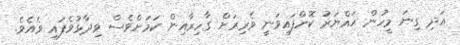
އަދި ގިނަ މީހުން ހައްޔަރު ކޮށްފައިވަނީ ވެރިރަށް ގާހިރާއިން ކަމަށްވެސް ވިދާޅުވެފައި ވެއެވެ.